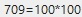
709=100*100